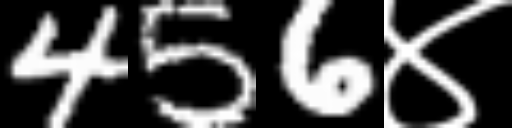
Text: 456४